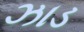
ઝાડ